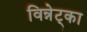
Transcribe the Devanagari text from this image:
विन्नेट्का